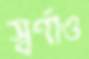
স্বর্ণাও